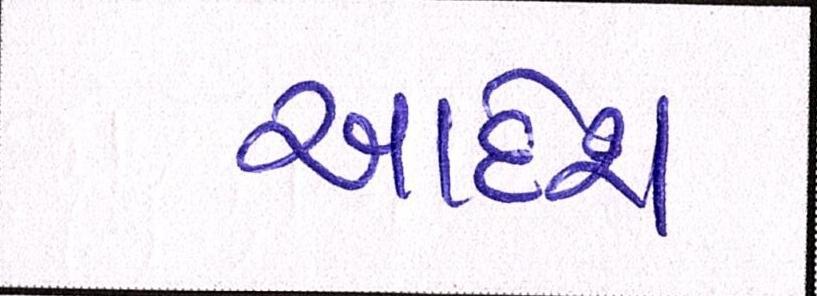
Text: આદેશ